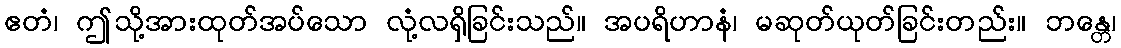
ဧတံ၊ ဤသို့အားထုတ်အပ်သော လုံ့လရှိခြင်းသည်။ အပရိဟာနံ၊ မဆုတ်ယုတ်ခြင်းတည်း။ ဘန္တေ၊